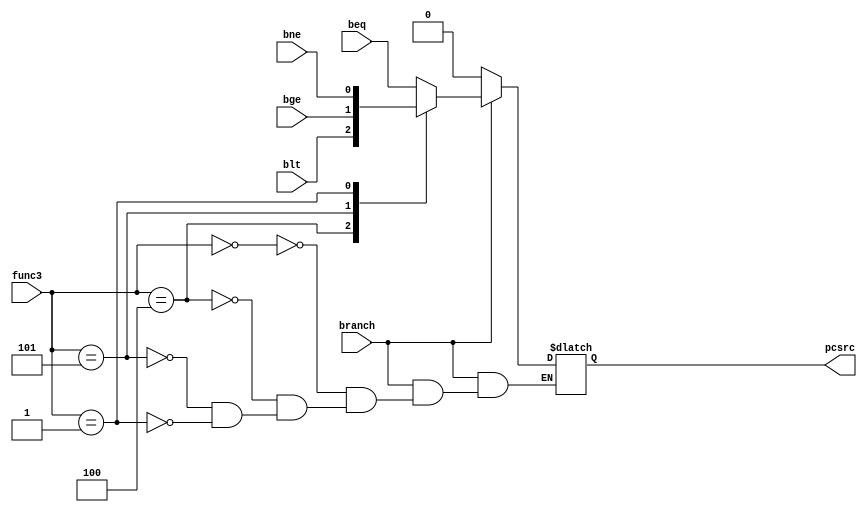
`timescale 1ns / 1ps
//////////////////////////////////////////////////////////////////////////////////
// Company: 
// Engineer: 
// 
// Design Name: 
// Module Name: pcsrc_gen
// Project Name: 
// Target Devices: 
// Tool Versions: 
// Description: 
// 
// Dependencies: 
// 
// Revision:
// Revision 0.01 - File Created
// Additional Comments:
// 
//////////////////////////////////////////////////////////////////////////////////


module pcsrc_gen(
input [2:0]func3,
input branch,
input bne,
input beq,
input blt,
input bge,
output reg pcsrc
    );
    
    always @(*)
     begin
          if(branch)
           begin
                 case(func3)
                 3'b000:pcsrc=beq;
                 3'b100:pcsrc=blt;
                 3'b101:pcsrc=bge;
                 3'b001:pcsrc=bne;
               endcase
           end
           
           else
           pcsrc=0;
     end
    
    
    
endmodule